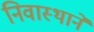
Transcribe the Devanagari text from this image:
निवास्थाने